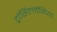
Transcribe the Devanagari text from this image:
ट्रांसिलवेनिया